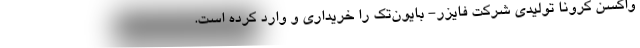
واکسن کرونا تولیدی شرکت فایزر- بایون‌تک را خریداری و وارد کرده است.